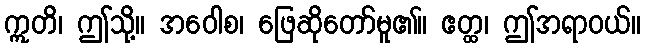
ဣတိ၊ ဤသို့။ အဝေါစ၊ ဖြေဆိုတော်မူ၏။ ဧတ္ထ၊ ဤအရာဝယ်။